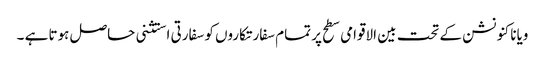
ویانا کنونشن کے تحت بین الاقوامی سطح پر تمام سفارتکاروں کو سفارتی استثنی حاصل ہوتا ہے ۔